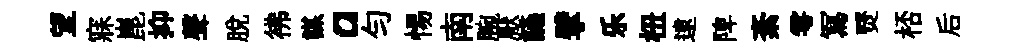
望寐崑抑聲脫彿謀a勻惕南腕厭讌擘乐杻逮陴紊雩冩燹桮后